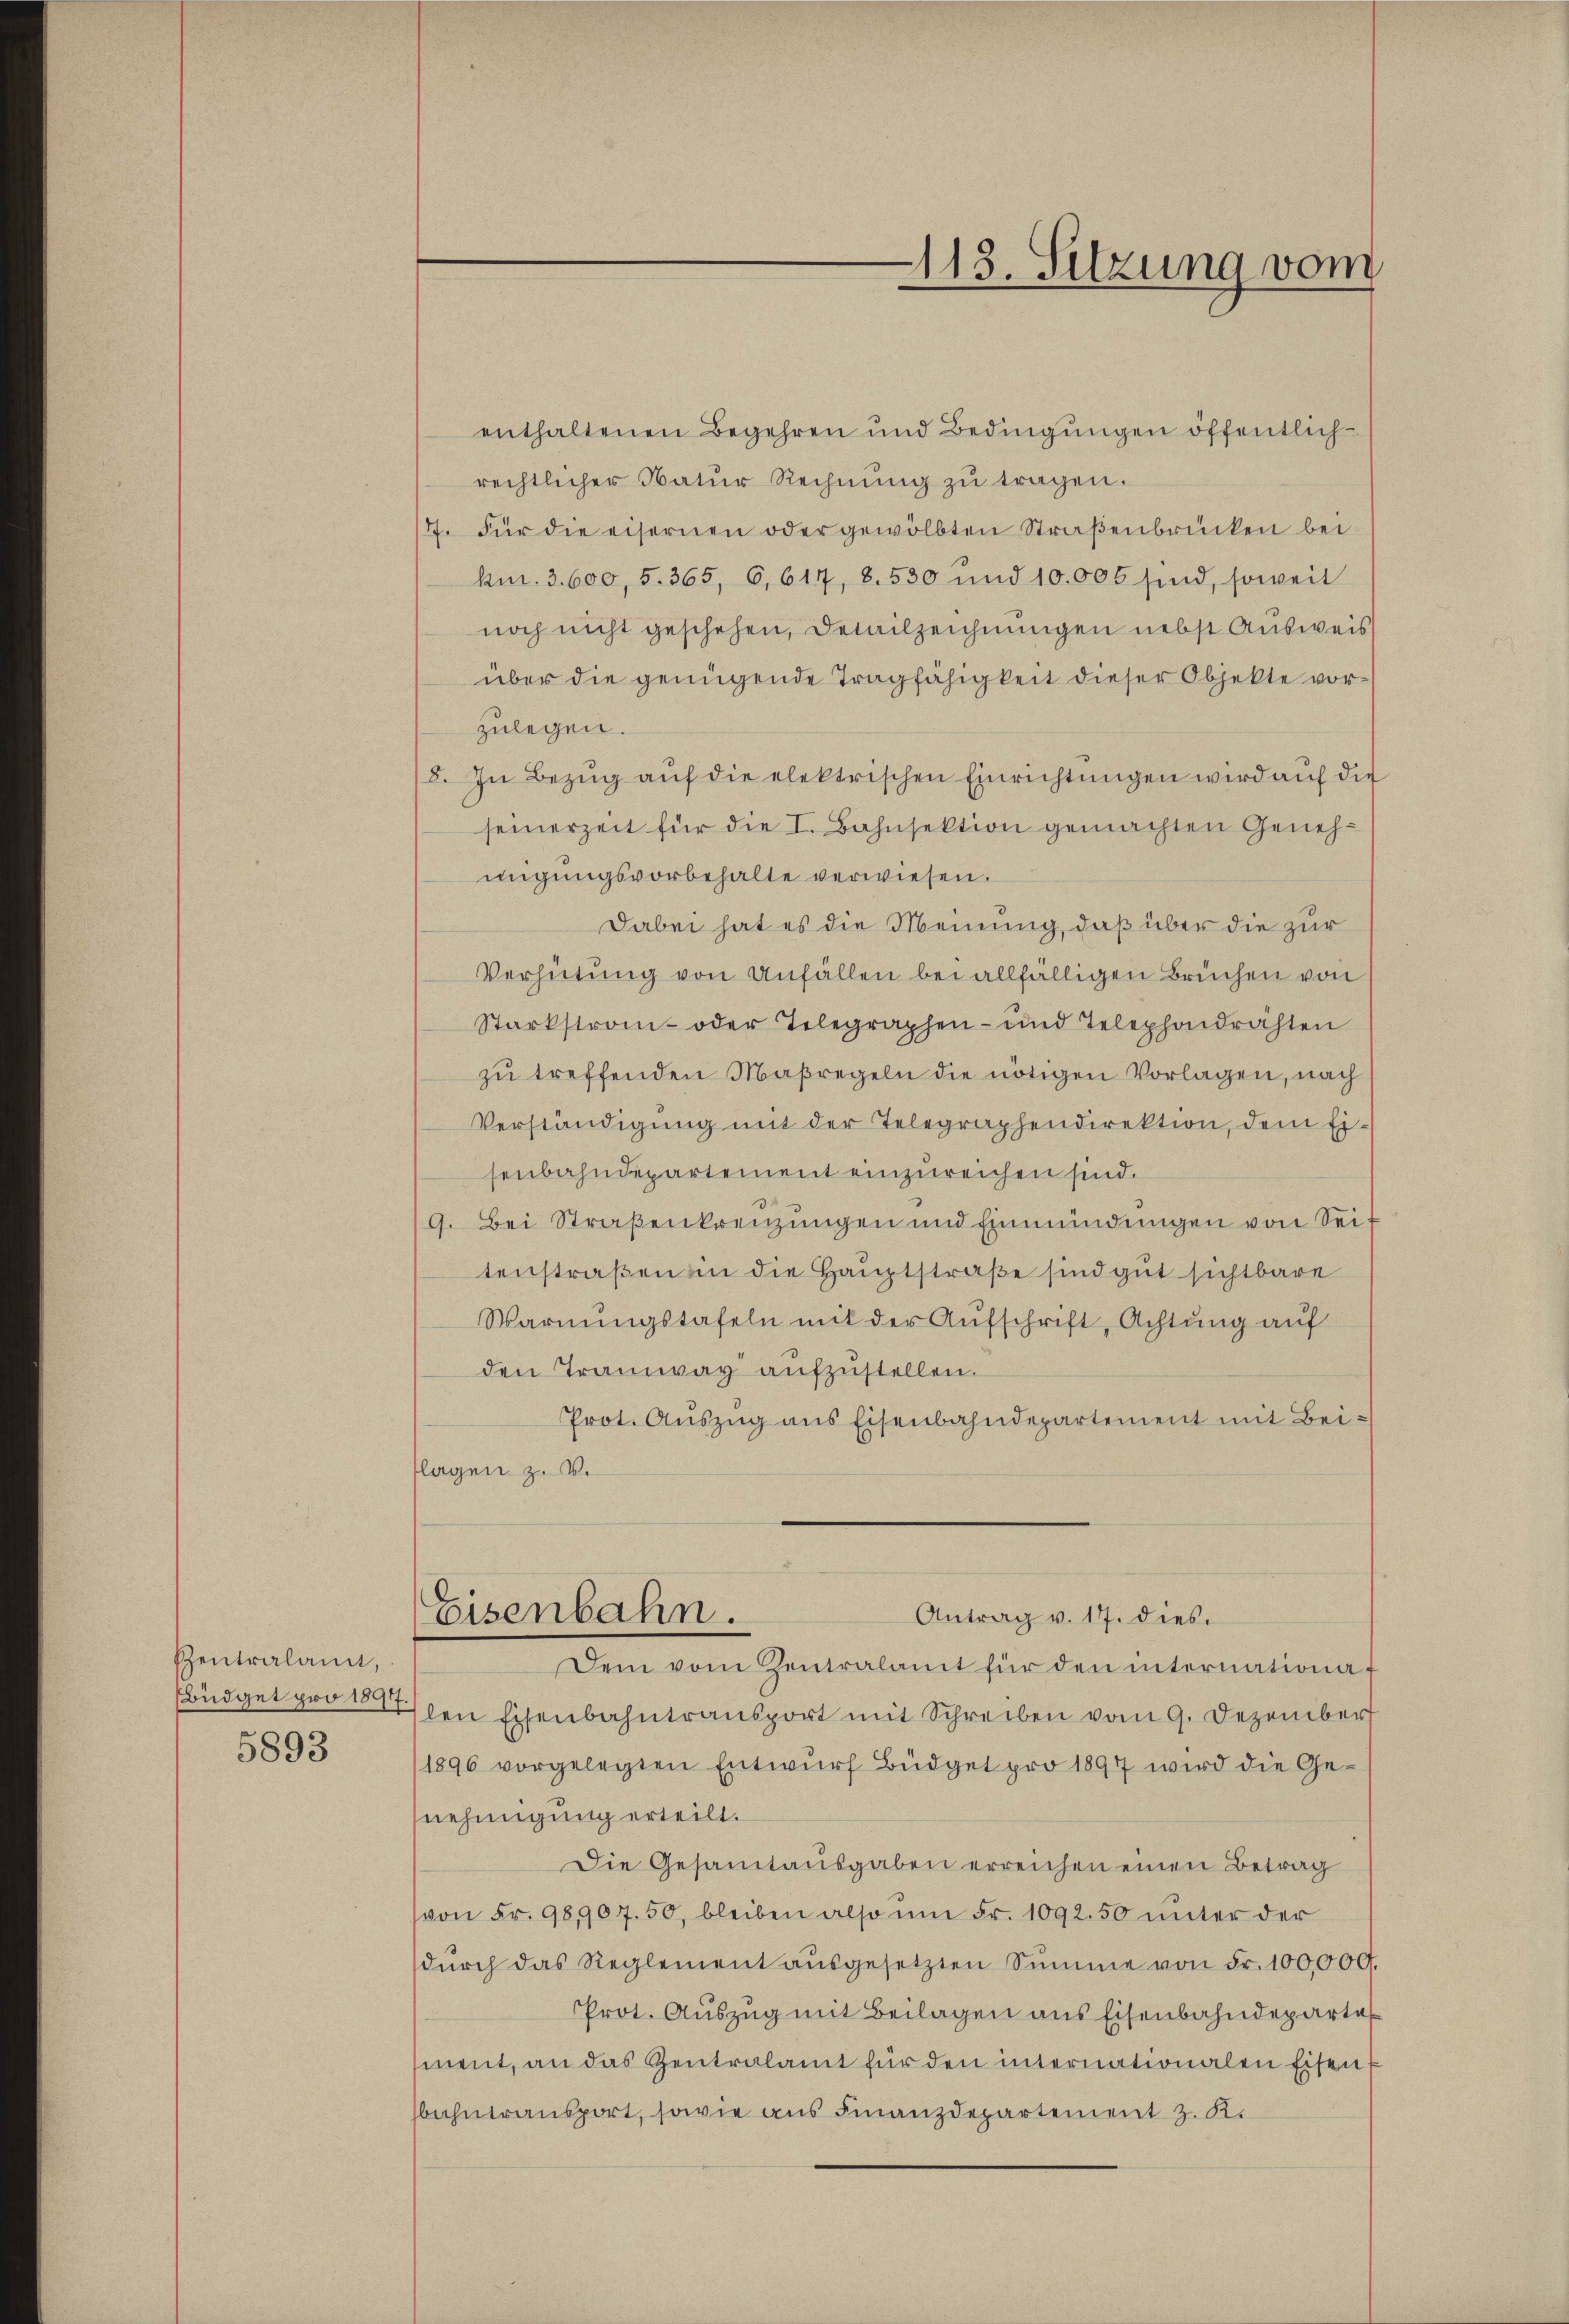
Zentralant,
Büdget pro 1891
5893

enthaltenen Begehren und Bedingŭngen öffentlichrechtlicher Natur Rechnung zu tragen.
7. Für die eisernen oder gewölbten Straßenbrücken bei
km. 3. 600, 5. 365, 6,617, 8. 530 und 10.000 sind, soweit
noch nicht geschehen, Detailzeichnungen nebst Ausweis
über die genügende Tragfähigkeit dieser Objekte vorzulegen.
8. In Bezŭg aŭf die elektrischen Einrichtungen wird auf die
seinerzeit für die I. Bahnsektion gemachten Genehmigungsvorbehalte verwiesen.
Dabei hat es die Meinung, daß über die zur
Verhütung von Unfällen bei allfälligen Bruchen von
Starkstronn- oder Telegraphen- und Telephondrähten
zŭ treffenden Maßregeln die nötigen Vorlagen, nach
Verständigung mit der Telegraphendirektion, dem Eisenbahndepartement einzureichen sind.
9. Bei Straßenkreuzungen und Einmündungen von Seitenstraßen in die Hauptstraße sind gut sichtbare
Warnungstafeln mit der Aufschrift, Achtung auf
den Tramway aufzustellen.
Prot. Auszug aus Eisenbahndepartement mit Beiflagen z. B.
Eisenbahn.
Antrag v. 17. dies
Dem vom Zentralamt für den internationaf
len Eisenbahntransport mit Schreiben vom 9. Dezember
1896 vorgelegten Entwŭrf Büdget pro 1897 wird die Ge-
nehmigung erteilt.
Die Gesamtausgaben erreichen einen Betrag
von Fr. 98,907. 50, bleiben also ŭm Fr. 1092.50 unter der
dŭrch das Reglement aŭsgesetzten Summe von Fr. 100,000.
Prot. Aŭszŭg mit Beilagen aus Eisenbahndepartes
ment, an das Zentralamt für den internationalen Eisen.
bahntransport, sowie aus Finanzdepartement z. R.

113. Sitzung vom